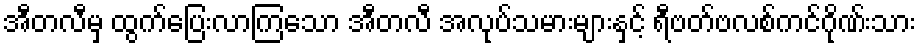
အီတလီမှ ထွက်ပြေးလာကြသော အီတလီ အလုပ်သမားများနှင့် ရီဗတ်ဗလစ်ကင်ဂိုဏ်းသား